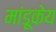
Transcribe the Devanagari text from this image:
मांडूकेय